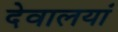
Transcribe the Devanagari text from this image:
देवालयां